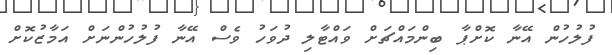
ފުލުހުން އޭނާ ކޮށްޕާ ބިންމައްޗަށް ވައްޓާލި ދުވަހު ވެސް އޭނާ ފުލުހުންނަށް އަމާޒުކޮށް